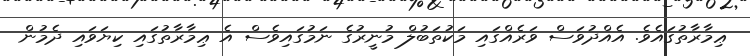
ޢިމާރާތުގައެވެ. އެއްދުވަސް ވަރެއްގައި މަކުތަބުލް މުނީރުގެ ނަމުގައިވެސް އެ ޢިމާރާތުގައި ކިޔަވައި ދެމުން